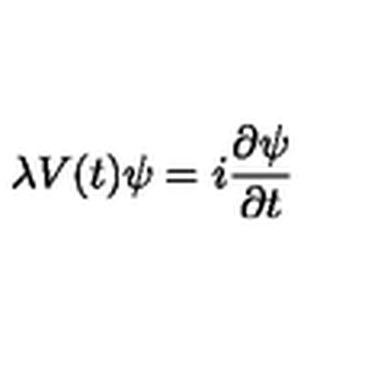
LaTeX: \lambda V ( t ) \psi = i \frac { \partial \psi } { \partial t }